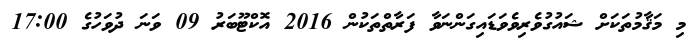
މި މަޤާމުތަކަށް ޝައުގުވެރިވެވަޑައިގަންނަވާ ފަރާތްތަކުން 2016 އޮކްޓޫބަރު 09 ވަނަ ދުވަހުގެ 17:00